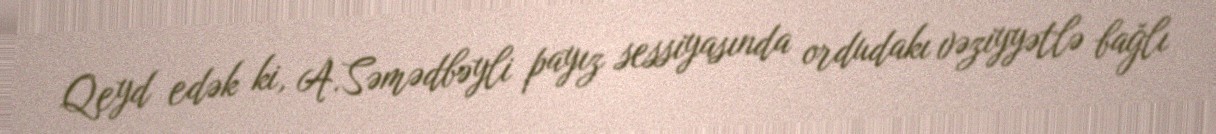
Qeyd edək ki, A.Səmədbəyli payız sessiyasında ordudakı vəziyyətlə bağlı